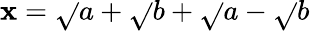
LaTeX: \mathbf{x}={\sqrt{}{{a+{\sqrt{}{{b}}}}}}+{\sqrt{}{{a-{\sqrt{}{{b}}}}}}